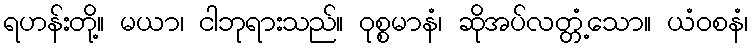
ရဟန်းတို့။ မယာ၊ ငါဘုရားသည်။ ဝုစ္စမာနံ၊ ဆိုအပ်လတ္တံ့သော။ ယံဝစနံ၊